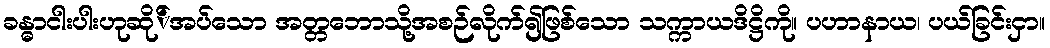
ခန္ဓာငါးပါးဟုဆို်အပ်သော အတ္တဘောသို့အစဉ်လိုက်၍ဖြစ်သော သက္ကာယဒိဋ္ဌိကို။ ပဟာနာယ၊ ပယ်ခြင်းငှာ။